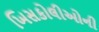
ખિસકોલીઓની